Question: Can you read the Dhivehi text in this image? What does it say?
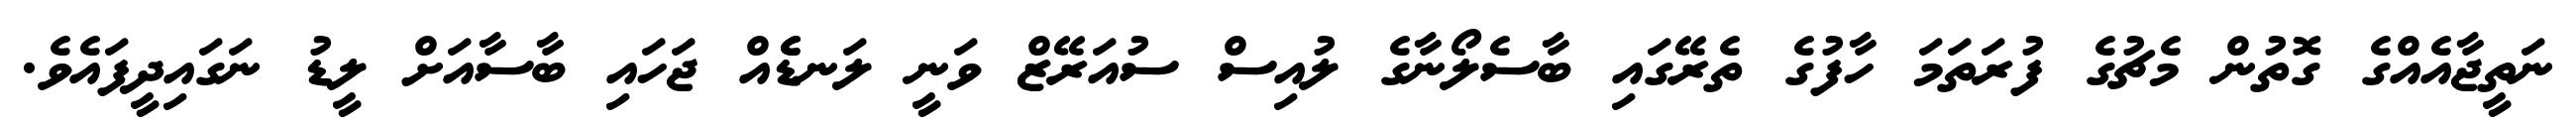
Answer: ނަތީޖާއެއްގެ ގޮތުން މެޗުގެ ފުރަތަމަ ހާފުގެ ތެރޭގައި ބާސެލޯނާގެ ލުއިސް ސުއަރޭޒް ވަނީ ލަނޑެެއް ޖަހައި ބާސާއަށް ލީޑު ނަގައިދީފައެވެ.